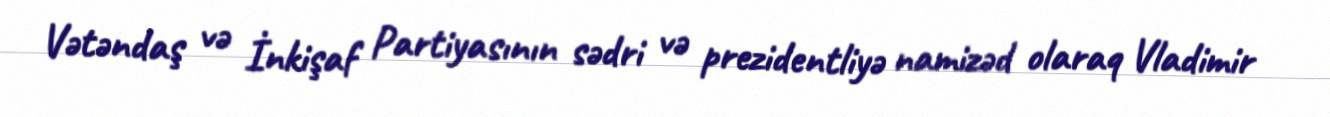
Vətəndaş və İnkişaf Partiyasının sədri və prezidentliyə namizəd olaraq Vladimir